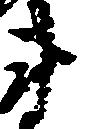
衛